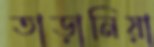
তাড়ানিয়া